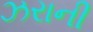
ઝરાની